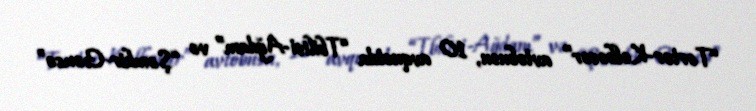
“Tərtər-Kəlbəcər” avtobusu, 10 avqustda “Tbilisi-Ağdam” və “Şəmkir-Gəncə”